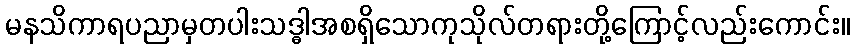
မနသိကာရပညာမှတပါးသဒ္ဓါအစရှိသောကုသိုလ်တရားတို့ကြောင့်လည်းကောင်း။